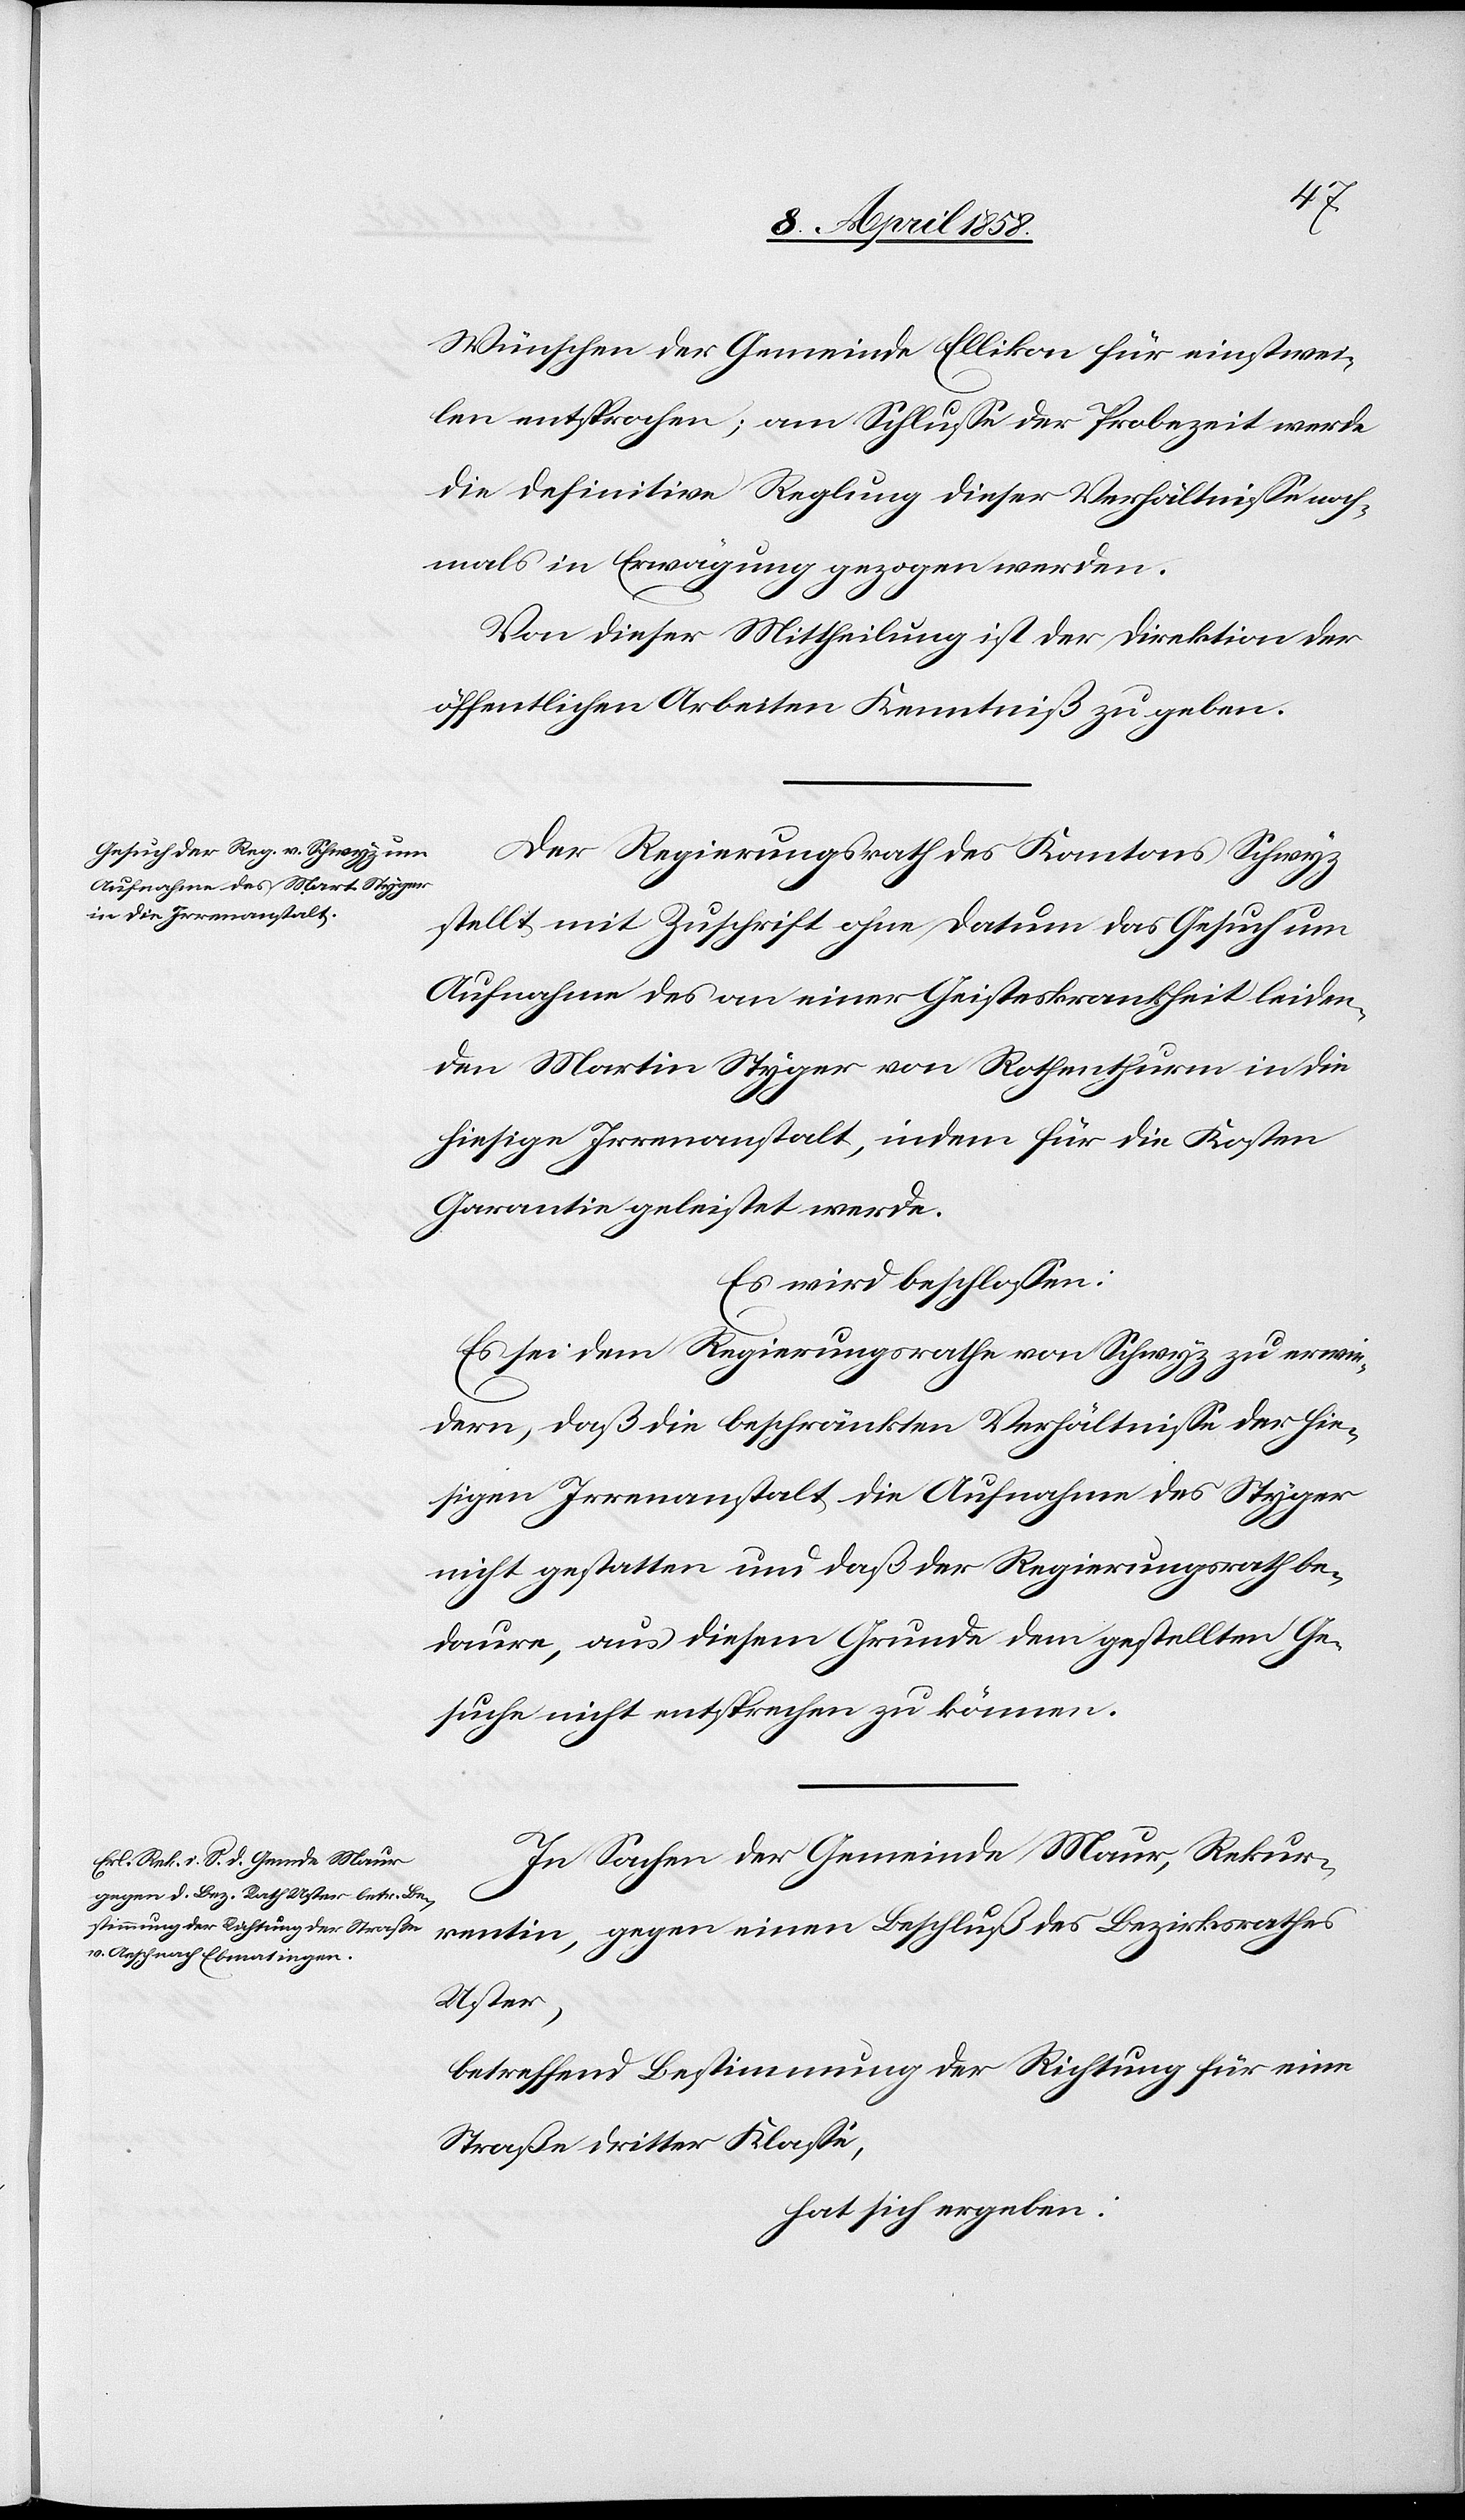
Wünschen der Gemeinde Ellikon für einstwei¬
len entsprochen; am Schlusse der Probezeit werde
die definitive Reglung dieser Verhältnisse noch¬
mals in Erwägung gezogen werden.
Von dieser Mittheilung ist der Direktion der
öffentlichen Arbeiten Kenntniß zu geben.
Der Regierungsrath des Kantons Schwyz
stellt mit Zuschrift ohne Datum das Gesuch um
Aufnahme des an einer Geisteskrankheit leiden¬
den Martin Styger von Rothenthurm in die
hiesige Irrenanstalt, indem für die Kosten
Garantie geleistet werde.
Es wird beschlossen:
Es sei dem Regierungsrathe von Schwyz zu erwie¬
dern, daß die beschränkten Verhältnisse der hie¬
sigen Irrenanstalt die Aufnahme des Styger
nicht gestatten und daß der Regierungsrath be¬
daure, aus diesem Grunde dem gestellten Ge¬
suche nicht entsprechen zu können.
In Sachen der Gemeinde Maur, Rekur¬
rentin, gegen einen Beschluß des Bezirksrathes
Uster,
betreffend Bestimmung der Richtung für eine
Straße dritter Klasse,
hat sich ergeben: